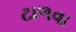
ટાળવા